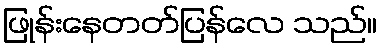
ဖြုန်းနေတတ်ပြန်လေ သည်။